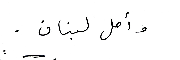
وأمل لبنان .